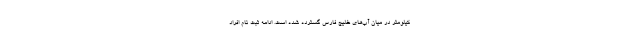
کیلومتر در میان آب‌های خلیج فارس گسترده شده است. ادامه ثبت نام افراد